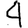
Digit: 4